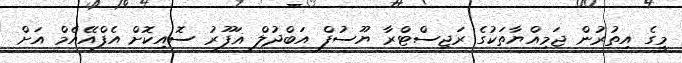
މީގެ އިތުރުން ޖަމިއްޔާތަކުގެ ރަޖިސްޓްރާ ޔޫސުފް އަބްދުލް ޣަފޫރު ސޮއިކޮށް އެފްއޭއެމް އަށް